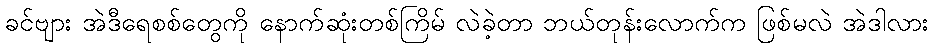
ခင်ဗျား အဲဒီရေစစ်တွေကို နောက်ဆုံးတစ်ကြိမ် လဲခဲ့တာ ဘယ်တုန်းလောက်က ဖြစ်မလဲ အဲဒါလား